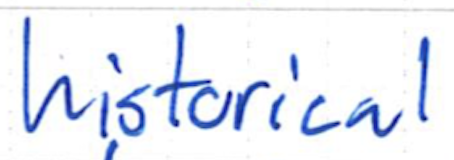
Text: historical
Cross-out: clean
Writing tool: ballpoint